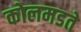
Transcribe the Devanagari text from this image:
कोलमडते